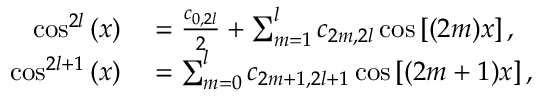
\begin{array} { r l } { \cos ^ { 2 l } { ( x ) } } & { { } = \frac { c _ { 0 , 2 l } } { 2 } + \sum _ { m = 1 } ^ { l } c _ { 2 m , 2 l } \cos { [ ( 2 m ) x ] } \, , } \\ { \cos ^ { 2 l + 1 } { ( x ) } } & { { } = \sum _ { m = 0 } ^ { l } c _ { 2 m + 1 , 2 l + 1 } \cos { [ ( 2 m + 1 ) x ] } \, , } \end{array}